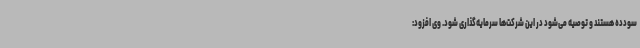
سودده هستند و توصیه می‌شود در این شرکت‌ها سرمایه‌گذاری شود. وی افزود: